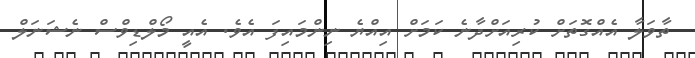
ތާވަލާ އެއްގޮތަށް ކުރިއަށްދާނެ ކަމަށް އިއްޔެ ނިންމައިފަ އެވެ. އެއީ މޯލްޑިވްސް ނެޝަނަލް